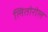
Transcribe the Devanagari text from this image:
लितोरोल